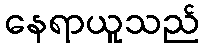
နေရာယူသည်